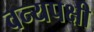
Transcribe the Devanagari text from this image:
वन्यपक्षी